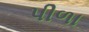
પીળા